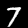
Label: 7